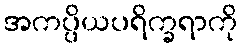
အကပ္ပိယပရိက္ခရာကို